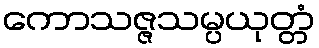
ကောသဇ္ဇသမ္ပယုတ္တံ